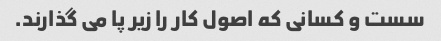
سست و کسانی که اصول کار را زیر پا می گذارند.